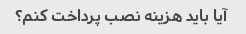
آیا باید هزینه نصب پرداخت کنم؟